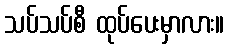
သပ်သပ်စီ ထုပ်ပေးမှာလား။